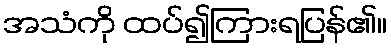
အသံကို ထပ်၍ကြားရပြန်၏။